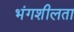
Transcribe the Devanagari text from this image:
भंगशीलता